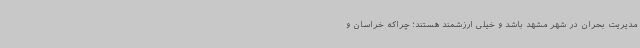
مدیریت بحران در شهر مشهد باشد و خیلی ارزشمند هستند؛ چراکه خراسان و